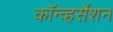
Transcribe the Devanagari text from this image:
कॉन्व्हर्सेशन